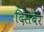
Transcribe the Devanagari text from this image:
दिसंबेर